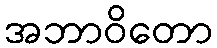
အဘာဝိတော